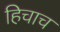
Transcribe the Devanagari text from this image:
हिचाच